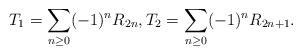
LaTeX: \begin{align*}T_1=\sum_{n\geq 0}(-1)^{n}R_{2n},T_2=\sum_{n\geq 0}(-1)^{n}R_{2n+1}.\end{align*}